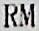
RM